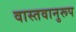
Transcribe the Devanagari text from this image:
वास्तवानुरूप